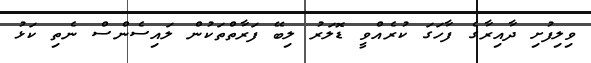
ވިލިފުށި ދާއިރާގެ ފާހަގަ ކުރެއްވީ ޑޮލަރު ލިބޭ ފަރާތްތަކުން ލައިސެންސް ނެތި ކަޅު